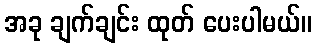
အခု ချက်ချင်း ထုတ် ပေးပါမယ်။